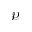
\mathcal { P }